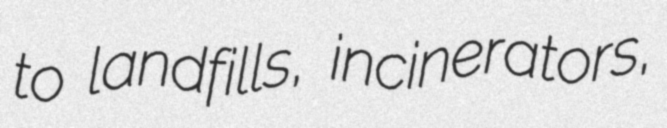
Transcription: to landfills, incinerators,